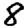
Digit: 8